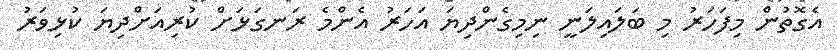
އެގޮތުން މިފަހަރު މި ބަލައިލަނީ ނިމިގެންދިޔަ އަހަރު އެންމެ ރަނގަޅަށް ކުރިއަށްދިޔަ ކުޅިވަރު